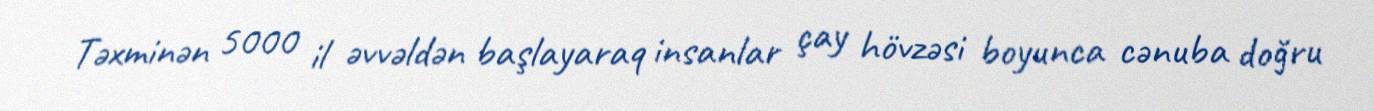
Təxminən 5000 il əvvəldən başlayaraq insanlar çay hövzəsi boyunca cənuba doğru